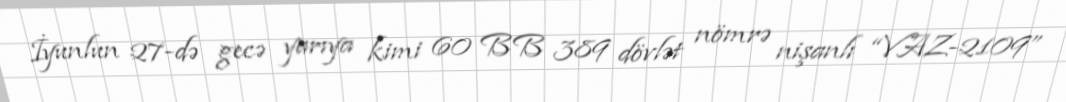
İyunlun 27-də gecə yarıya kimi 60 BB 389 dövlət nömrə nişanlı “VAZ-2109”